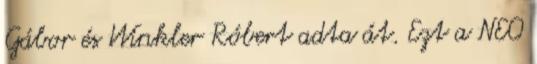
Gábor és Winkler Róbert adta át. Ezt a NEO